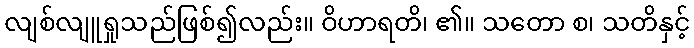
လျစ်လျူရှုသည်ဖြစ်၍လည်း။ ဝိဟာရတိ၊ ၏။ သတော စ၊ သတိနှင့်